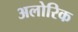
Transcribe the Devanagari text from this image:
अलोरिक